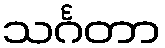
သင်္ဂတာ